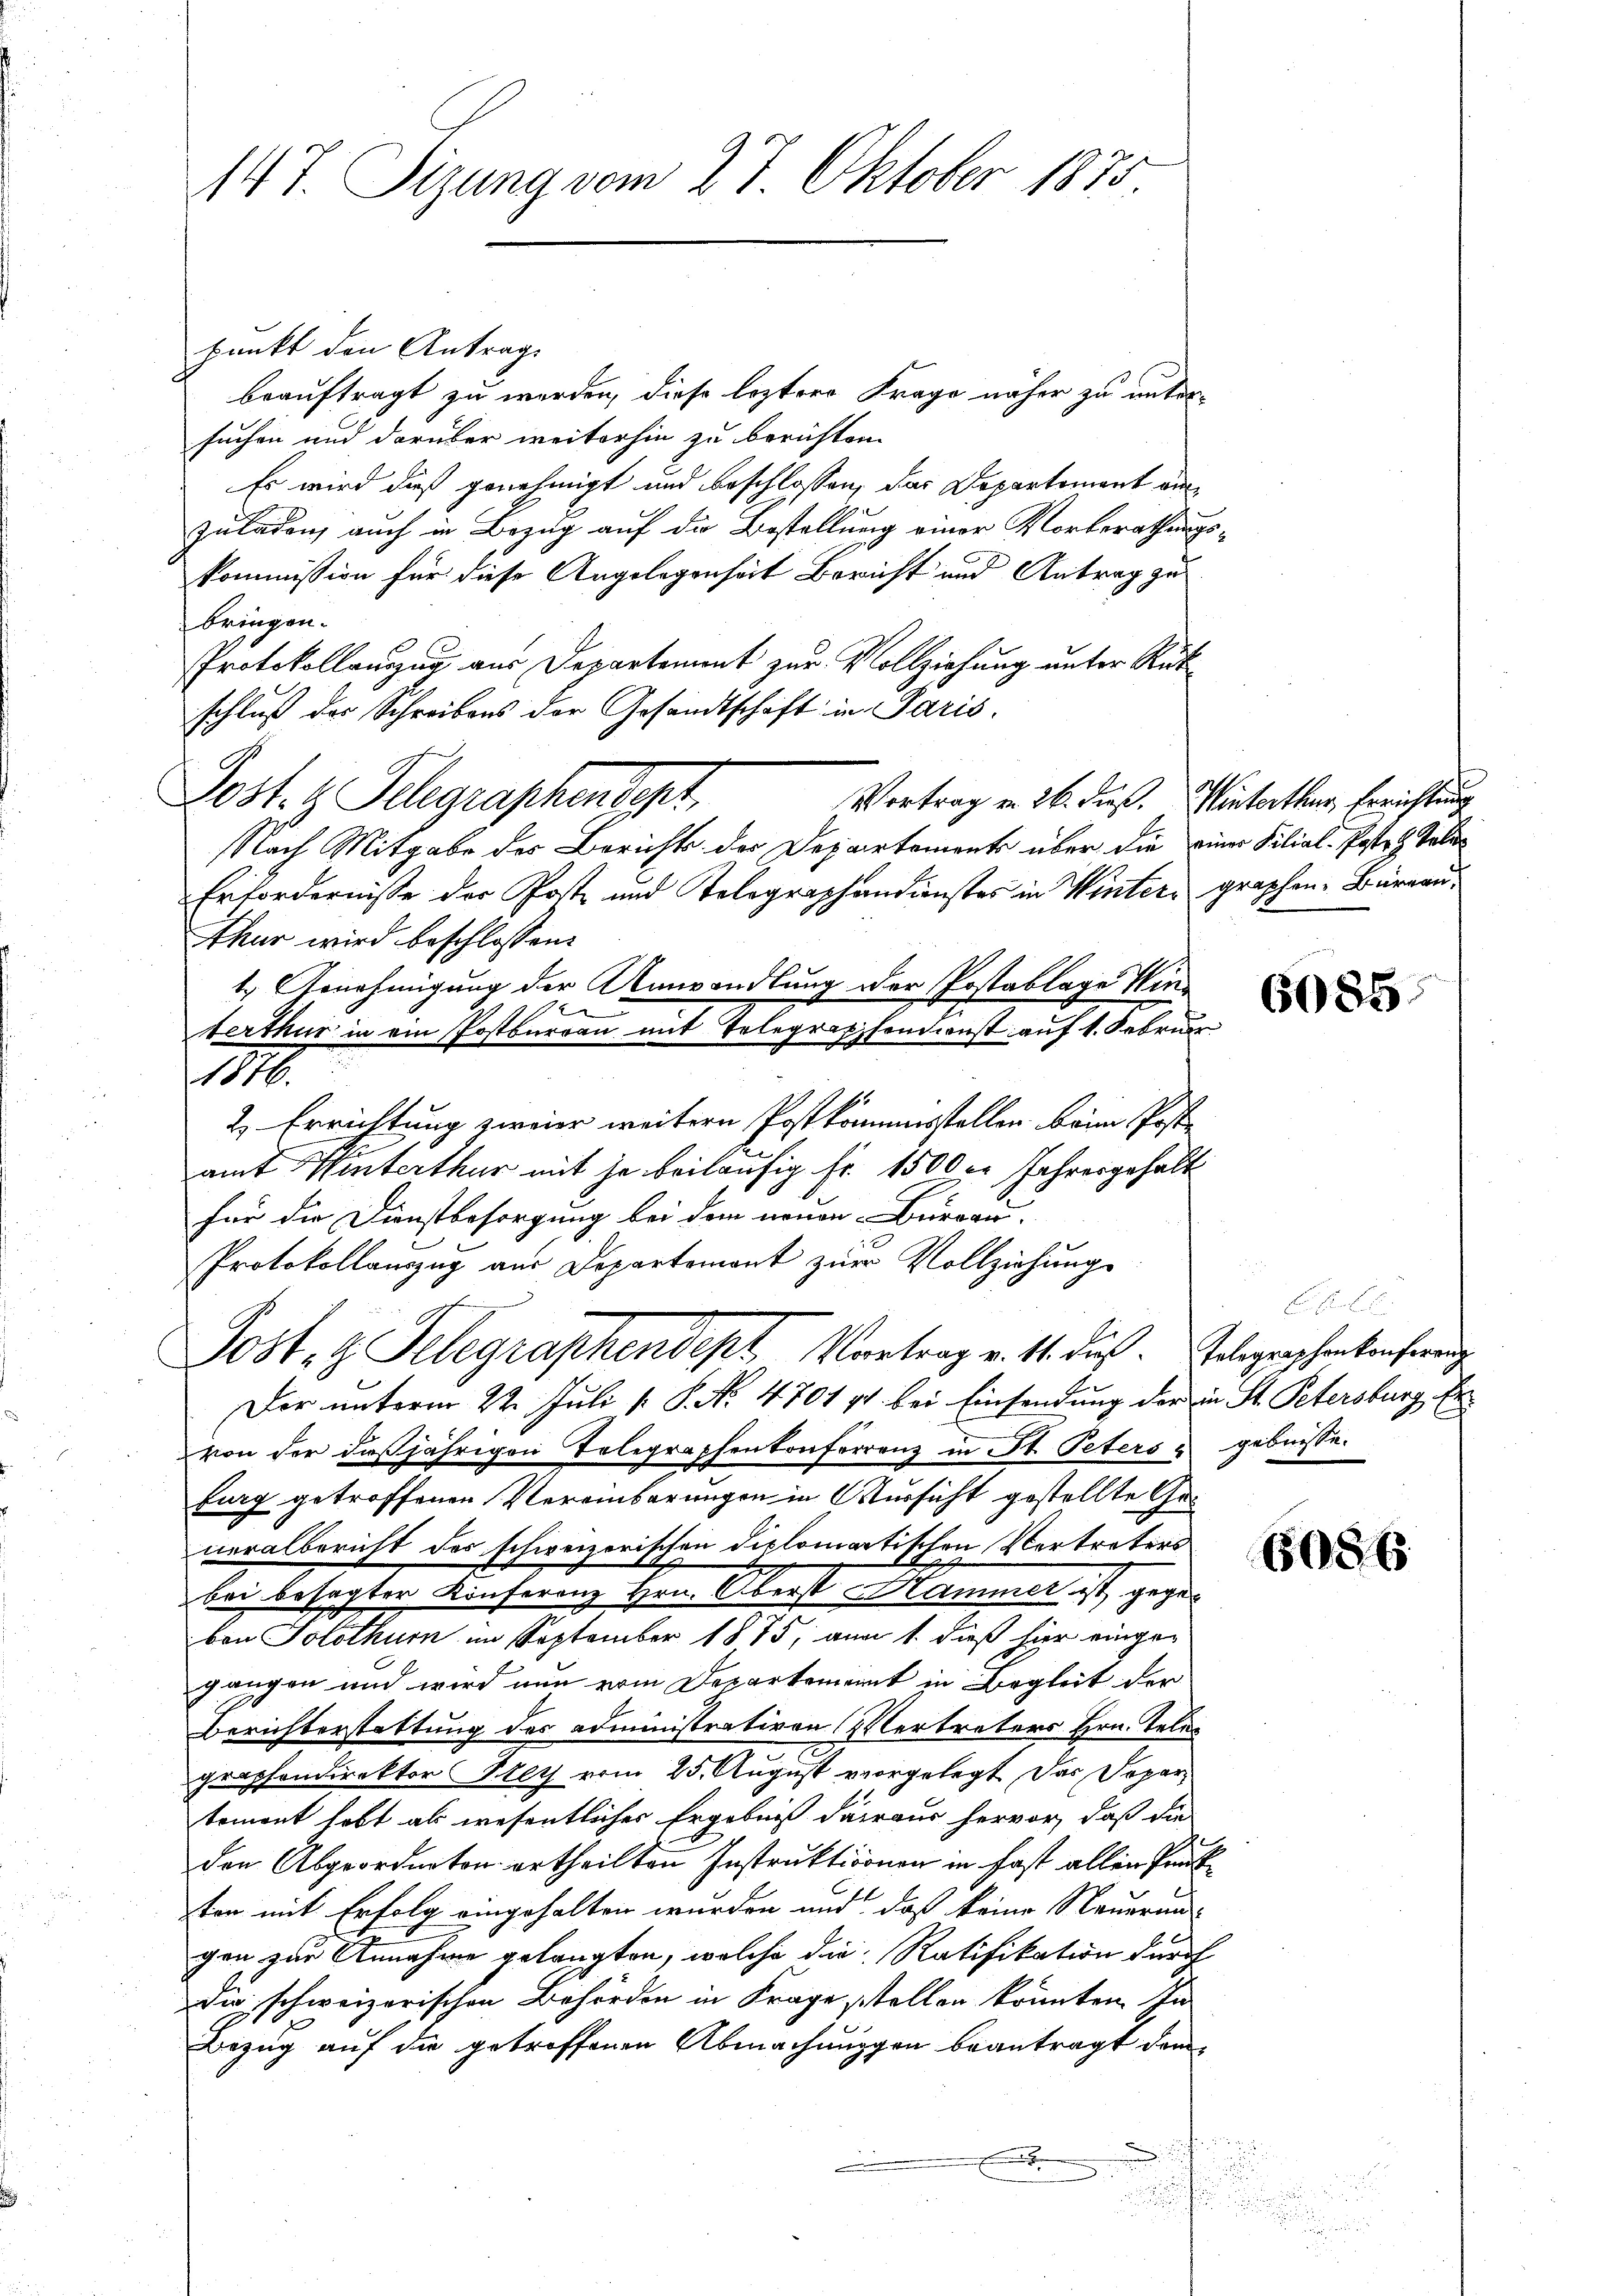
T. Sizung vom 27. Oktober 1875

punkt den Antrag
beauftragt zu werden, diese leztere Frage näher zu untersuchen und darüber weiterhin zu berichten.
Es wird dieß genehmigt und beschlossen, das Departement auszuladen, auch in Bezug auf die Bestellung einer Vorberathungs¬
Kommission für diese Angelegenheit Bericht und Antrag zu
bringen.
Protokollauszug aus Departement zur Vollziehung unter Rükschluß des Schreibens der Gesandtschaft in Paris.
Post. H. Telegraphendept
Vortrag von 26. dieß. Hinterthur, Errichtung
Nach Mitgabe des Berichts der Departements über die einer Filial-Posten Tale¬
Erfordernisse der Post und Tolographandienstes in Winter graphen. Burgau,
thur wird beschlossen:
t. Annehmigung der Umwandlung der Postablage Win¬

1876.
2. Errichtung zweier weitern Postkommisstellen beim Post
amt Hinterthur mit je beiläufig fr. 1500 er Jahresgehalt
für die Dienstbesorgung bei dem neuen Burgau.
Protokollauszug aus Departemont zur Vollziehungs
Post. Telegraphendept Vortrag v. 11. ds. Gelegraphenkenferenz
Der unterm 2ten Juli [ P. No. 4701 p. bei Einsendung der in St. Petersburg Ervon der daß jährigen Telegraphenkonferrenz in St. Peters & gebnisse.
burg getroffenen Vereinbarungen in Versicht gestellte Generalbericht des schweizerischen Diplomatischen Vertreters
bei besagter Konferenz Hrn. Oberst Hammer ist, gegen
ben Solothurn im September 1875, an 1. dieß hier einge-
gangen und wird nun vom Departement in Begleit der
Berichterstattung des administrativen Vertreters Hrn. Teles
graphondirektor Frey vom 25. August vorgelegt das Separtement habt als wesentlicher Ergebniß daraus hervor, daß die
den Abgeordneten ertheilten Instruktionen in fast allen Punkton mit Erfolg eingehalten wurden und daß keine Neuerun
gen zur Annahme gelangten, welche die Ratifikation durch
der schweizerischen Behörden in Frage, stellen könnten. In
Bezug auf die getroffenen Abmachungen beantragt demf
.

.

terthur in ein Postbureau mit Telegraphentionst auf 1. Februar

6085.

6086